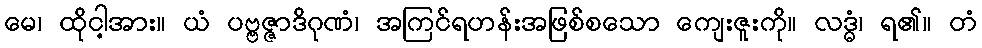
မေ၊ ထိုငါ့အား။ ယံ ပဗ္ဗဇ္ဇာဒိဂုဏံ၊ အကြင်ရဟန်းအဖြစ်စသော ကျေးဇူးကို။ လဒ္ဓံ၊ ရ၏။ တံ